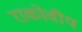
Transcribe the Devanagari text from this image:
राकोवीय